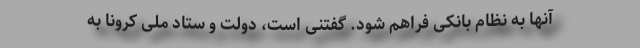
آنها به نظام بانکی فراهم شود. گفتنی است، دولت و ستاد ملی کرونا به